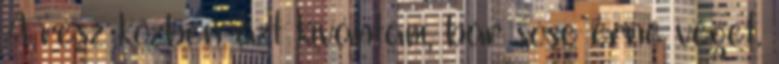
A rész közben azt kívántam, bár sose érne véget.